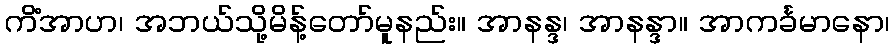
ကိံအာဟ၊ အဘယ်သို့မိန့်တော်မူနည်း။ အာနန္ဒ၊ အာနန္ဒာ။ အာကင်္ခမာနော၊